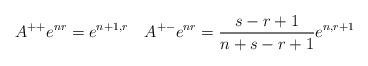
LaTeX: \begin{align*}A^{++}e^{nr}=e^{n+1,r}\quad A^{+-}e^{nr}=\frac{s-r+1}{n+s-r+1}e^{n,r+1}\end{align*}